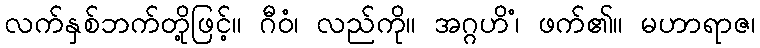
လက်နှစ်ဘက်တို့ဖြင့်။ ဂီဝံ၊ လည်ကို။ အဂ္ဂဟိံ၊ ဖက်၏။ မဟာရာဇ၊